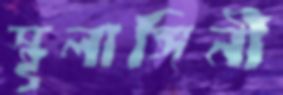
স্থূলাঙ্গিনী